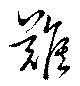
難